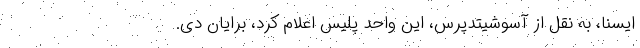
ایسنا، به نقل از آسوشیتدپرس، این واحد پلیس اعلام کرد، برایان دی.